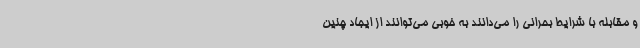
و مقابله با شرایط بحرانی را می‌دانند به خوبی می‌توانند از ایجاد چنین